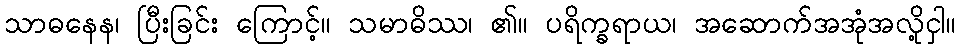
သာဓနေန၊ ပြီးခြင်း ကြောင့်။ သမာဓိဿ၊ ၏။ ပရိက္ခရာယ၊ အဆောက်အအုံအလို့ငှါ။